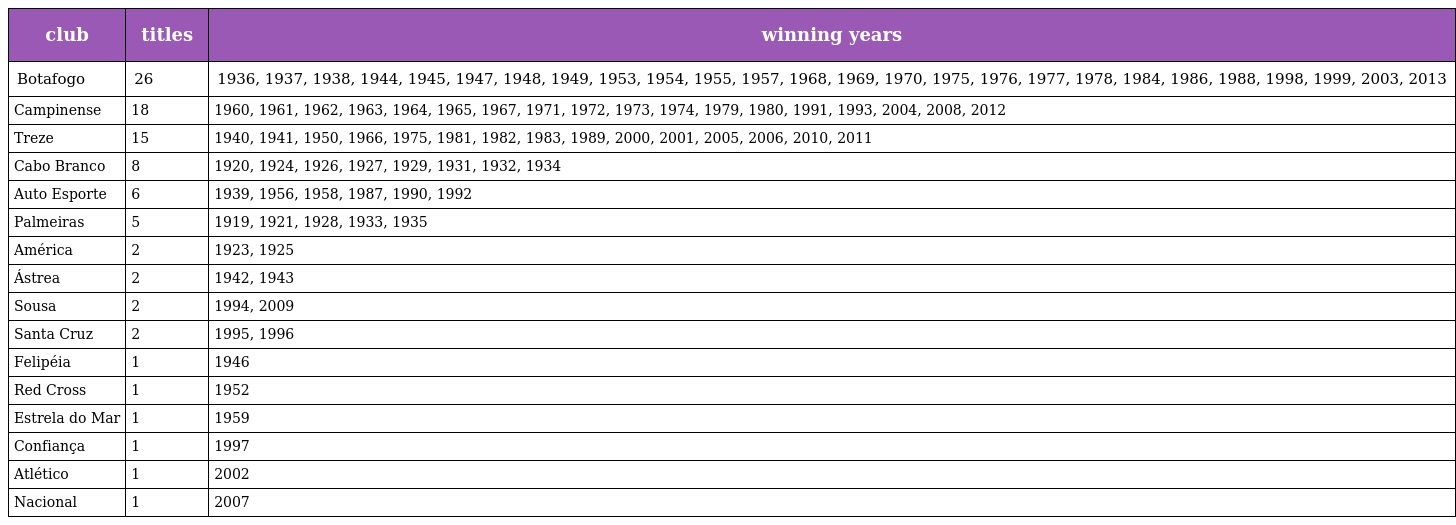
| club | titles | winning years |
 | --- | --- | --- |
 | Botafogo | 26 | 1936, 1937, 1938, 1944, 1945, 1947, 1948, 1949, 1953, 1954, 1955, 1957, 1968, 1969, 1970, 1975, 1976, 1977, 1978, 1984, 1986, 1988, 1998, 1999, 2003, 2013 |
 | Campinense | 18 | 1960, 1961, 1962, 1963, 1964, 1965, 1967, 1971, 1972, 1973, 1974, 1979, 1980, 1991, 1993, 2004, 2008, 2012 |
 | Treze | 15 | 1940, 1941, 1950, 1966, 1975, 1981, 1982, 1983, 1989, 2000, 2001, 2005, 2006, 2010, 2011 |
 | Cabo Branco | 8 | 1920, 1924, 1926, 1927, 1929, 1931, 1932, 1934 |
 | Auto Esporte | 6 | 1939, 1956, 1958, 1987, 1990, 1992 |
 | Palmeiras | 5 | 1919, 1921, 1928, 1933, 1935 |
 | América | 2 | 1923, 1925 |
 | Ástrea | 2 | 1942, 1943 |
 | Sousa | 2 | 1994, 2009 |
 | Santa Cruz | 2 | 1995, 1996 |
 | Felipéia | 1 | 1946 |
 | Red Cross | 1 | 1952 |
 | Estrela do Mar | 1 | 1959 |
 | Confiança | 1 | 1997 |
 | Atlético | 1 | 2002 |
 | Nacional | 1 | 2007 |